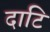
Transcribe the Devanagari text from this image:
दाटि